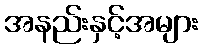
အနည်းနှင့်အများ